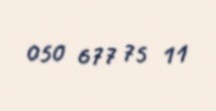
050 677 75 11